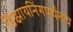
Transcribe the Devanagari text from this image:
डिझायनिंगपर्यंतचे